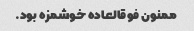
ممنون فوقالعاده خوشمزه بود.